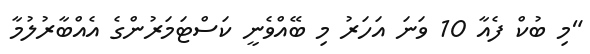
"މި ބުކް ފެއާ 10 ވަނަ އަހަރު މި ބޭއްވެނީ ކަސްޓަމަރުންގެ އެއްބާރުލުމާ